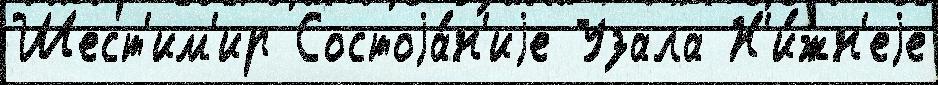
Шест'им'ир Состоjа́н'иjе Узала Н'и́жн'еjе